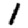
Digit: 1